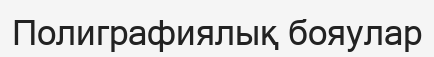
Полиграфиялық бояулар